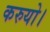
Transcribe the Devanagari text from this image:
करुयो।